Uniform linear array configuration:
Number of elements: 48
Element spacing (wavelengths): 0.75
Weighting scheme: kaiser
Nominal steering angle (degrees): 0
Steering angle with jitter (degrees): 1.125
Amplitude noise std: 0.05
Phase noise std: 0.05

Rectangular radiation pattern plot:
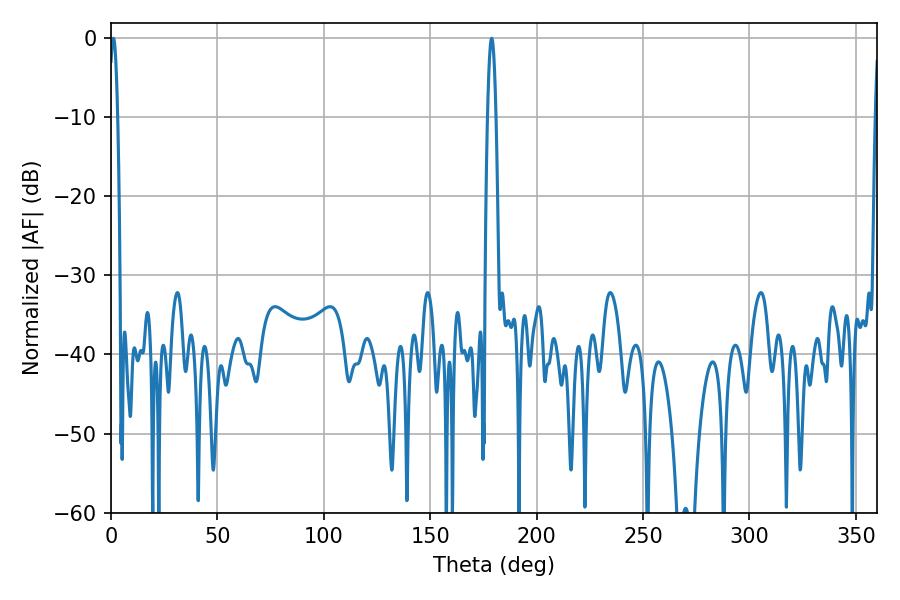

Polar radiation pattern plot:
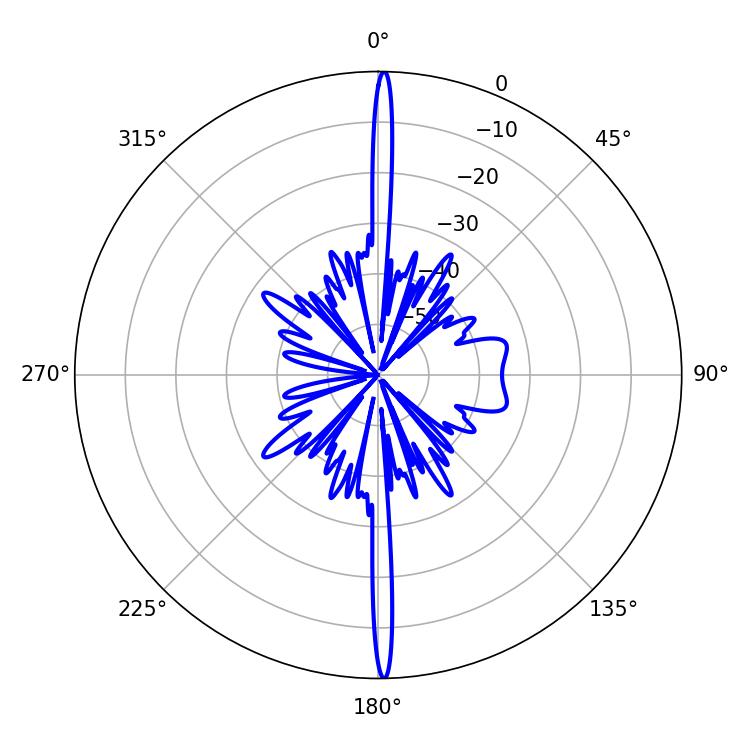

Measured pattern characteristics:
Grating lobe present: TRUE
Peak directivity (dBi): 30.561
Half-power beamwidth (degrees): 2.16
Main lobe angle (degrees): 1.08